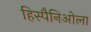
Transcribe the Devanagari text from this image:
हिस्पैनिओला